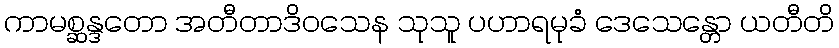
ကာမစ္ဆန္ဒတော အတီတာဒိဝသေန သုသူ ပဟာရမုခံ ဒေသေန္တော ယတီတိ